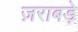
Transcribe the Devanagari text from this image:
ज़राबड़े